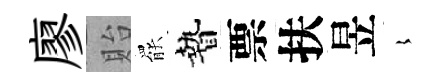
廖貽罷贄票扶昱𡻕